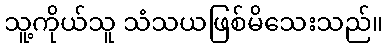
သူ့ကိုယ်သူ သံသယဖြစ်မိသေးသည်။